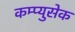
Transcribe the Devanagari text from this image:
कम्प्युसेक